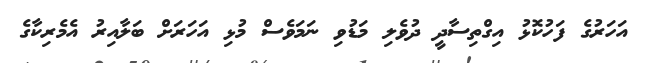
އަހަރުގެ ފަހުކޮޅު އިގްތިސާދީ ދުވެލި މަޑުވި ނަމަވެސް މުޅި އަހަރަށް ބަލާއިރު އެމެރިކާގެ